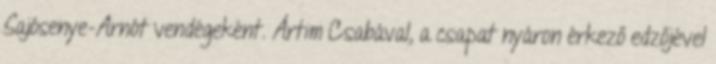
Sajósenye-Arnót vendégeként. Ártim Csabával, a csapat nyáron érkező edzőjével